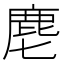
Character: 麀